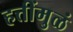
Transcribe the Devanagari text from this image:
हत्तींमुळं